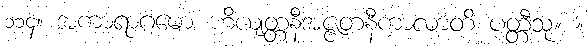
၁၁၄။ အကာရာဂမော ဟိယျတ္တနီအဇ္ဇတနီကာလာတိ ပတ္တီသု။ ။